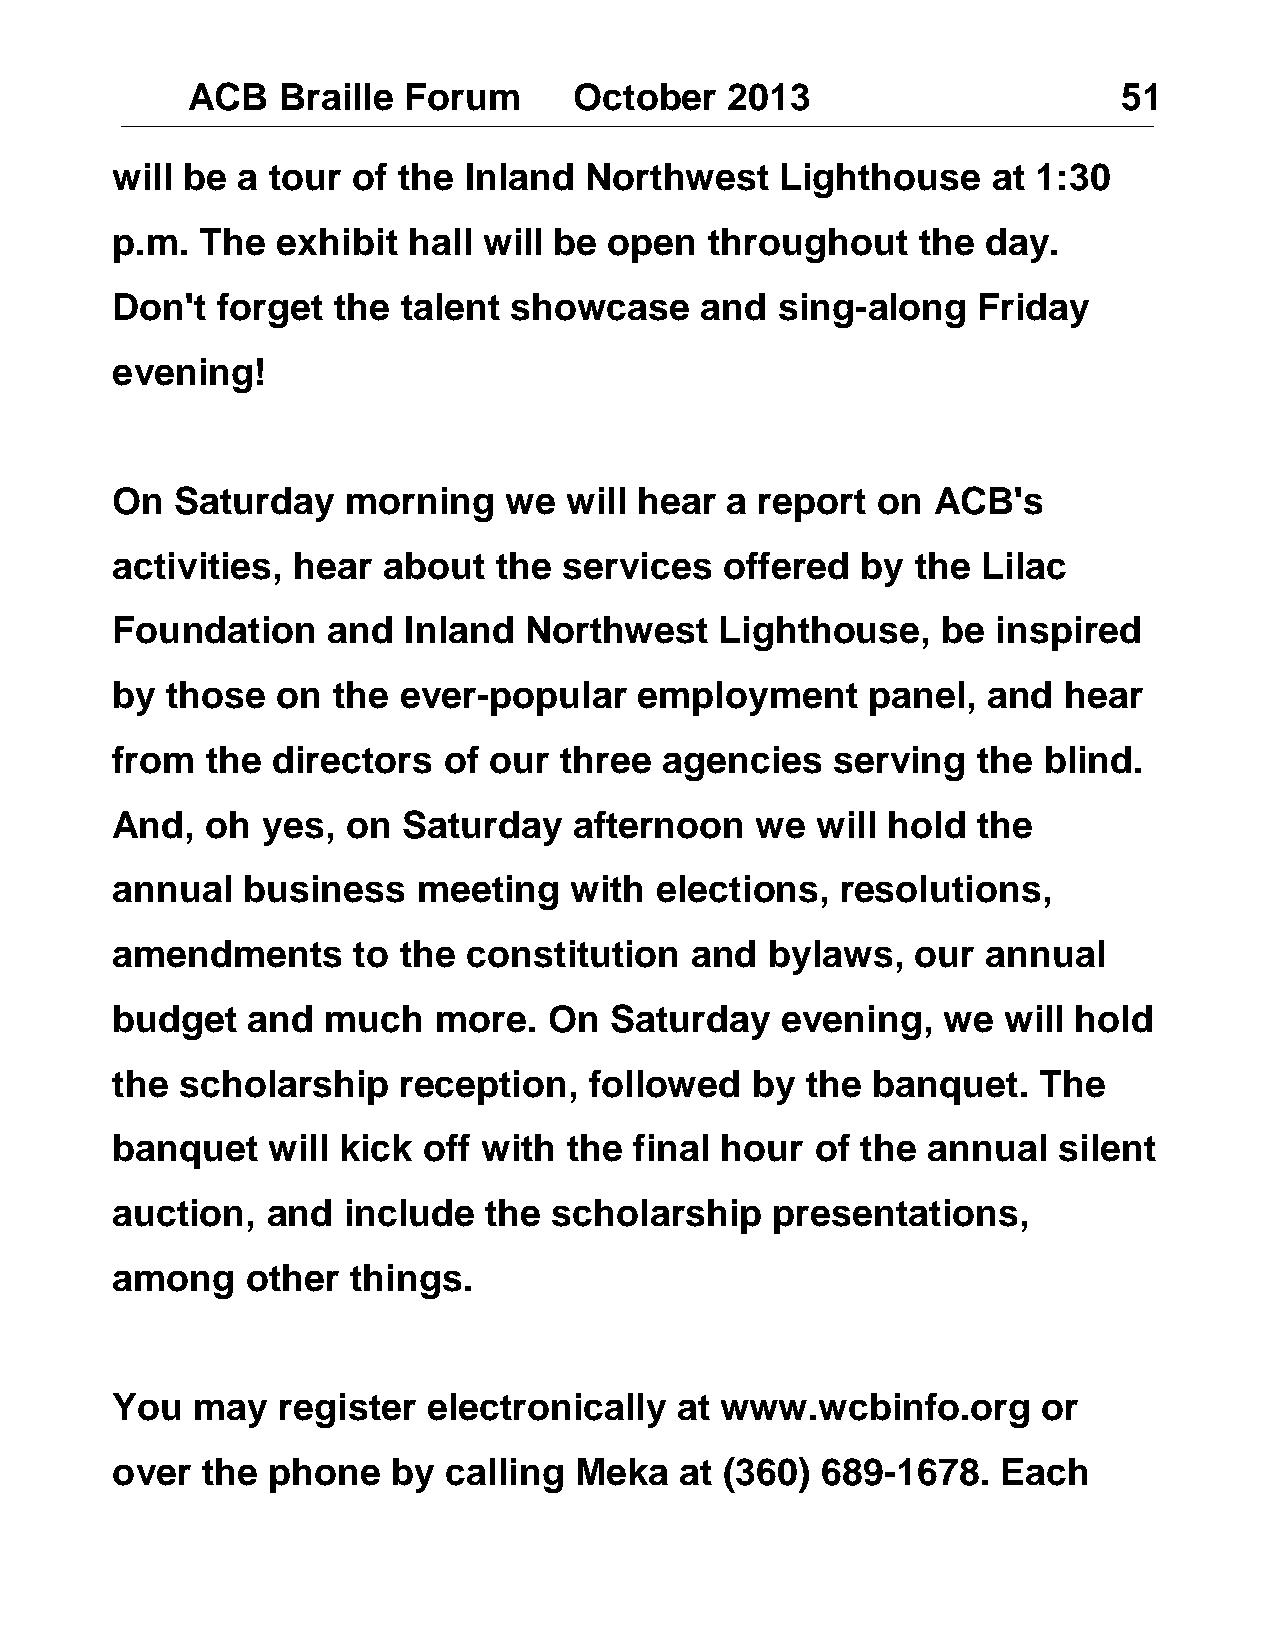
ACB   Braille  Forum      October   2013                      51
 will be  a tour of the  Inland  Northwest    Lighthouse    at 1:30
 p.m.  The  exhibit  hall will be open   throughout    the day.
 Don't  forget  the  talent showcase    and   sing-along   Friday
 evening!
 On   Saturday   morning   we  will hear  a report  on  ACB's
 activities, hear  about   the services   offered  by  the Lilac
 Foundation     and  Inland  Northwest    Lighthouse,   be  inspired
 by  those  on  the ever-popular    employment      panel, and  hear
 from   the directors  of our  three  agencies   serving   the blind.
 And,   oh yes,  on  Saturday   afternoon   we  will hold  the
 annual   business    meeting   with elections,   resolutions,
 amendments      to the  constitution   and  bylaws,   our annual
 budget   and   much   more.  On  Saturday    evening,  we  will hold
 the  scholarship   reception,   followed   by the  banquet.   The
 banquet    will kick off with  the final hour  of the annual   silent
 auction,   and  include  the  scholarship   presentations,
 among    other  things.
 You   may  register  electronically   at www.wcbinfo.org      or
 over  the  phone   by calling  Meka   at (360) 689-1678.   Each